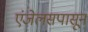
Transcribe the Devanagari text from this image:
एंजेलसपासून